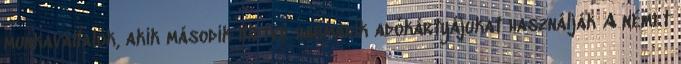
munkavállalók, akik második illetve harmadik adókártyájukat használják A német